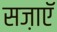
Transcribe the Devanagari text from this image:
सज़ाएॅ